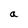
Character: a